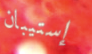
إستيبان